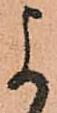
よ